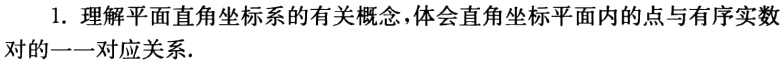
1. 理解平面直角坐标系的有关概念，体会直角坐标平面内的点与有序实数对的一一对应关系.